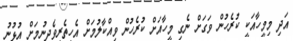
އަދި މިމީހާއަކީ ކުރެހުން ވަގަށް ނެގި މީހާއަށް ކުރެހުން ވިއްކާލުމަށް އެހީތެރިވެދިނުމަށް އުޅުނު